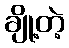
ချို့တဲ့